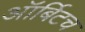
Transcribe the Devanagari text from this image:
ऑर्बिटच